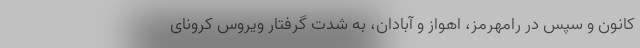
کانون و سپس در رامهرمز، اهواز و آبادان، به شدت گرفتار ویروس کرونای